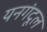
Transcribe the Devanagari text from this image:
यनगंदूल